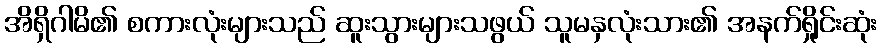
အိရှိဂါမိ၏ စကားလုံးများသည် ဆူးသွားများသဖွယ် သူမနှလုံးသား၏ အနက်ရှိုင်းဆုံး